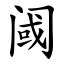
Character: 阈